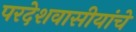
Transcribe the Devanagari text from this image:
परदेशवासीयांचे